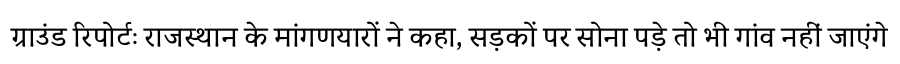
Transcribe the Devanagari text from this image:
ग्राउंड रिपोर्टः राजस्थान के मांगणयारों ने कहा, सड़कों पर सोना पड़े तो भी गांव नहीं जाएंगे